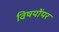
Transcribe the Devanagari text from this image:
विषयोंपर